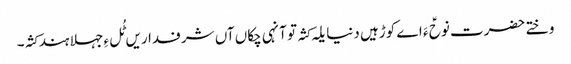
وختے حضرت نوحؑ ءَ اے کوڑہیں دنیا یلہ کثہ تو آنہی چکاں آں شرفداریں ٹُل ءِ جہلا ہند کثہ۔